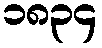
၁၈၃၄